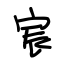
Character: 宸